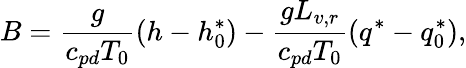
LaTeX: B=\frac{g}{c_{pd}T_{0}}\left(h-h_{0}^{*}\right)-\frac{gL_{v,r}}{c_{pd}T_{0}}\left(q^{*}-q_{0}^{*}\right),